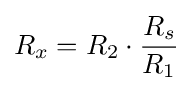
R_{x}=R_{2}\cdot {\frac {R_{s}}{R_{1}}}